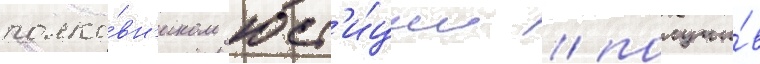
полко́вн'иком юст'и́ции / получи́в